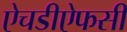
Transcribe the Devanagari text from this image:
ऐचडीऐफसी